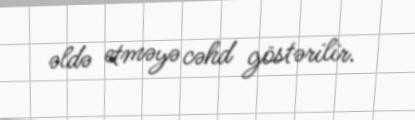
əldə etməyə cəhd göstərilir.